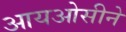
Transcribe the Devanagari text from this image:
आयओसीने